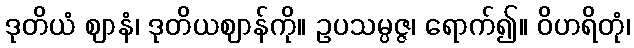
ဒုတိယံ ဈာနံ၊ ဒုတိယဈာန်ကို။ ဥပသမ္ပဇ္ဇ၊ ရောက်၍။ ဝိဟရိတုံ၊